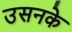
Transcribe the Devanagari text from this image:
उसनके